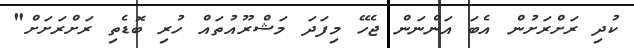
ކުދި ރަށްރަށުން އެބަ އަންނަން ޖެހޭ މިފަދަ މަޝްރޫއުތައް ހުރި ބޮޑެތި ރަށްރަށަށް"